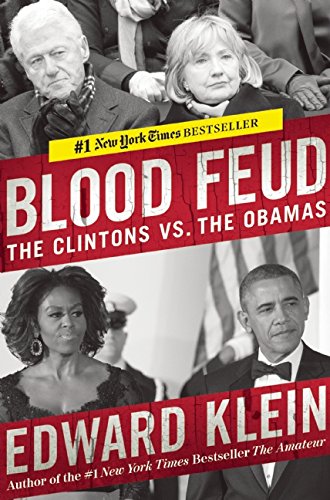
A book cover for Blood Feud: The Clintons vs. the Obamas; Edward Klein; Biographies & Memoirs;